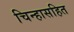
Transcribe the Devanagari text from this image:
चिन्हासहित